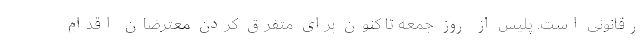
رقانونی است. پلیس از روز جمعه تا کنون برای متفرق کردن معترضان اقدام